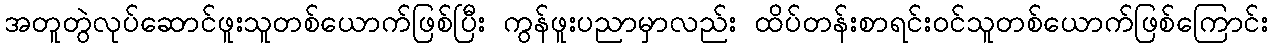
အတူတွဲလုပ်ဆောင်ဖူးသူတစ်ယောက်ဖြစ်ပြီး ကွန်ဖူးပညာမှာလည်း ထိပ်တန်းစာရင်းဝင်သူတစ်ယောက်ဖြစ်ကြောင်း